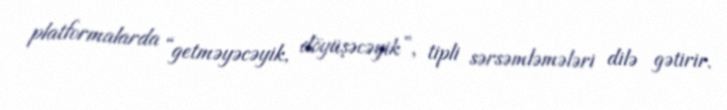
platformalarda “getməyəcəyik, döyüşəcəyik”, tipli sərsəmləmələri dilə gətirir.